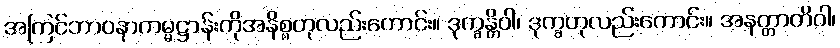
အကြင်ဘာဝနာကမ္မဋ္ဌာန်းကိုအနိစ္စဟုလည်းကောင်း။ ဒုက္ခန္တိဝါ၊ ဒုက္ခဟုလည်းကောင်း။ အနတ္တာတိဝါ၊